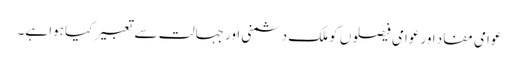
عوامی مفاد اور عوامی فیصلوں کو ملک دشمنی اور جہالت سے تعبیر کیا ہوا ہے۔